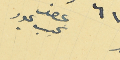
عضو نجيب عبود